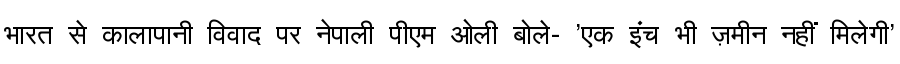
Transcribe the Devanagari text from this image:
भारत से कालापानी विवाद पर नेपाली पीएम ओली बोले- 'एक इंच भी ज़मीन नहीं मिलेगी'